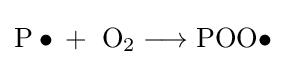
{\mathrm {P} \bullet {}+{}\ \mathrm {O} {\vphantom {A}}_{\smash[{t}]{2}}{}\mathrel {\longrightarrow } {}\mathrm {POO} \bullet }